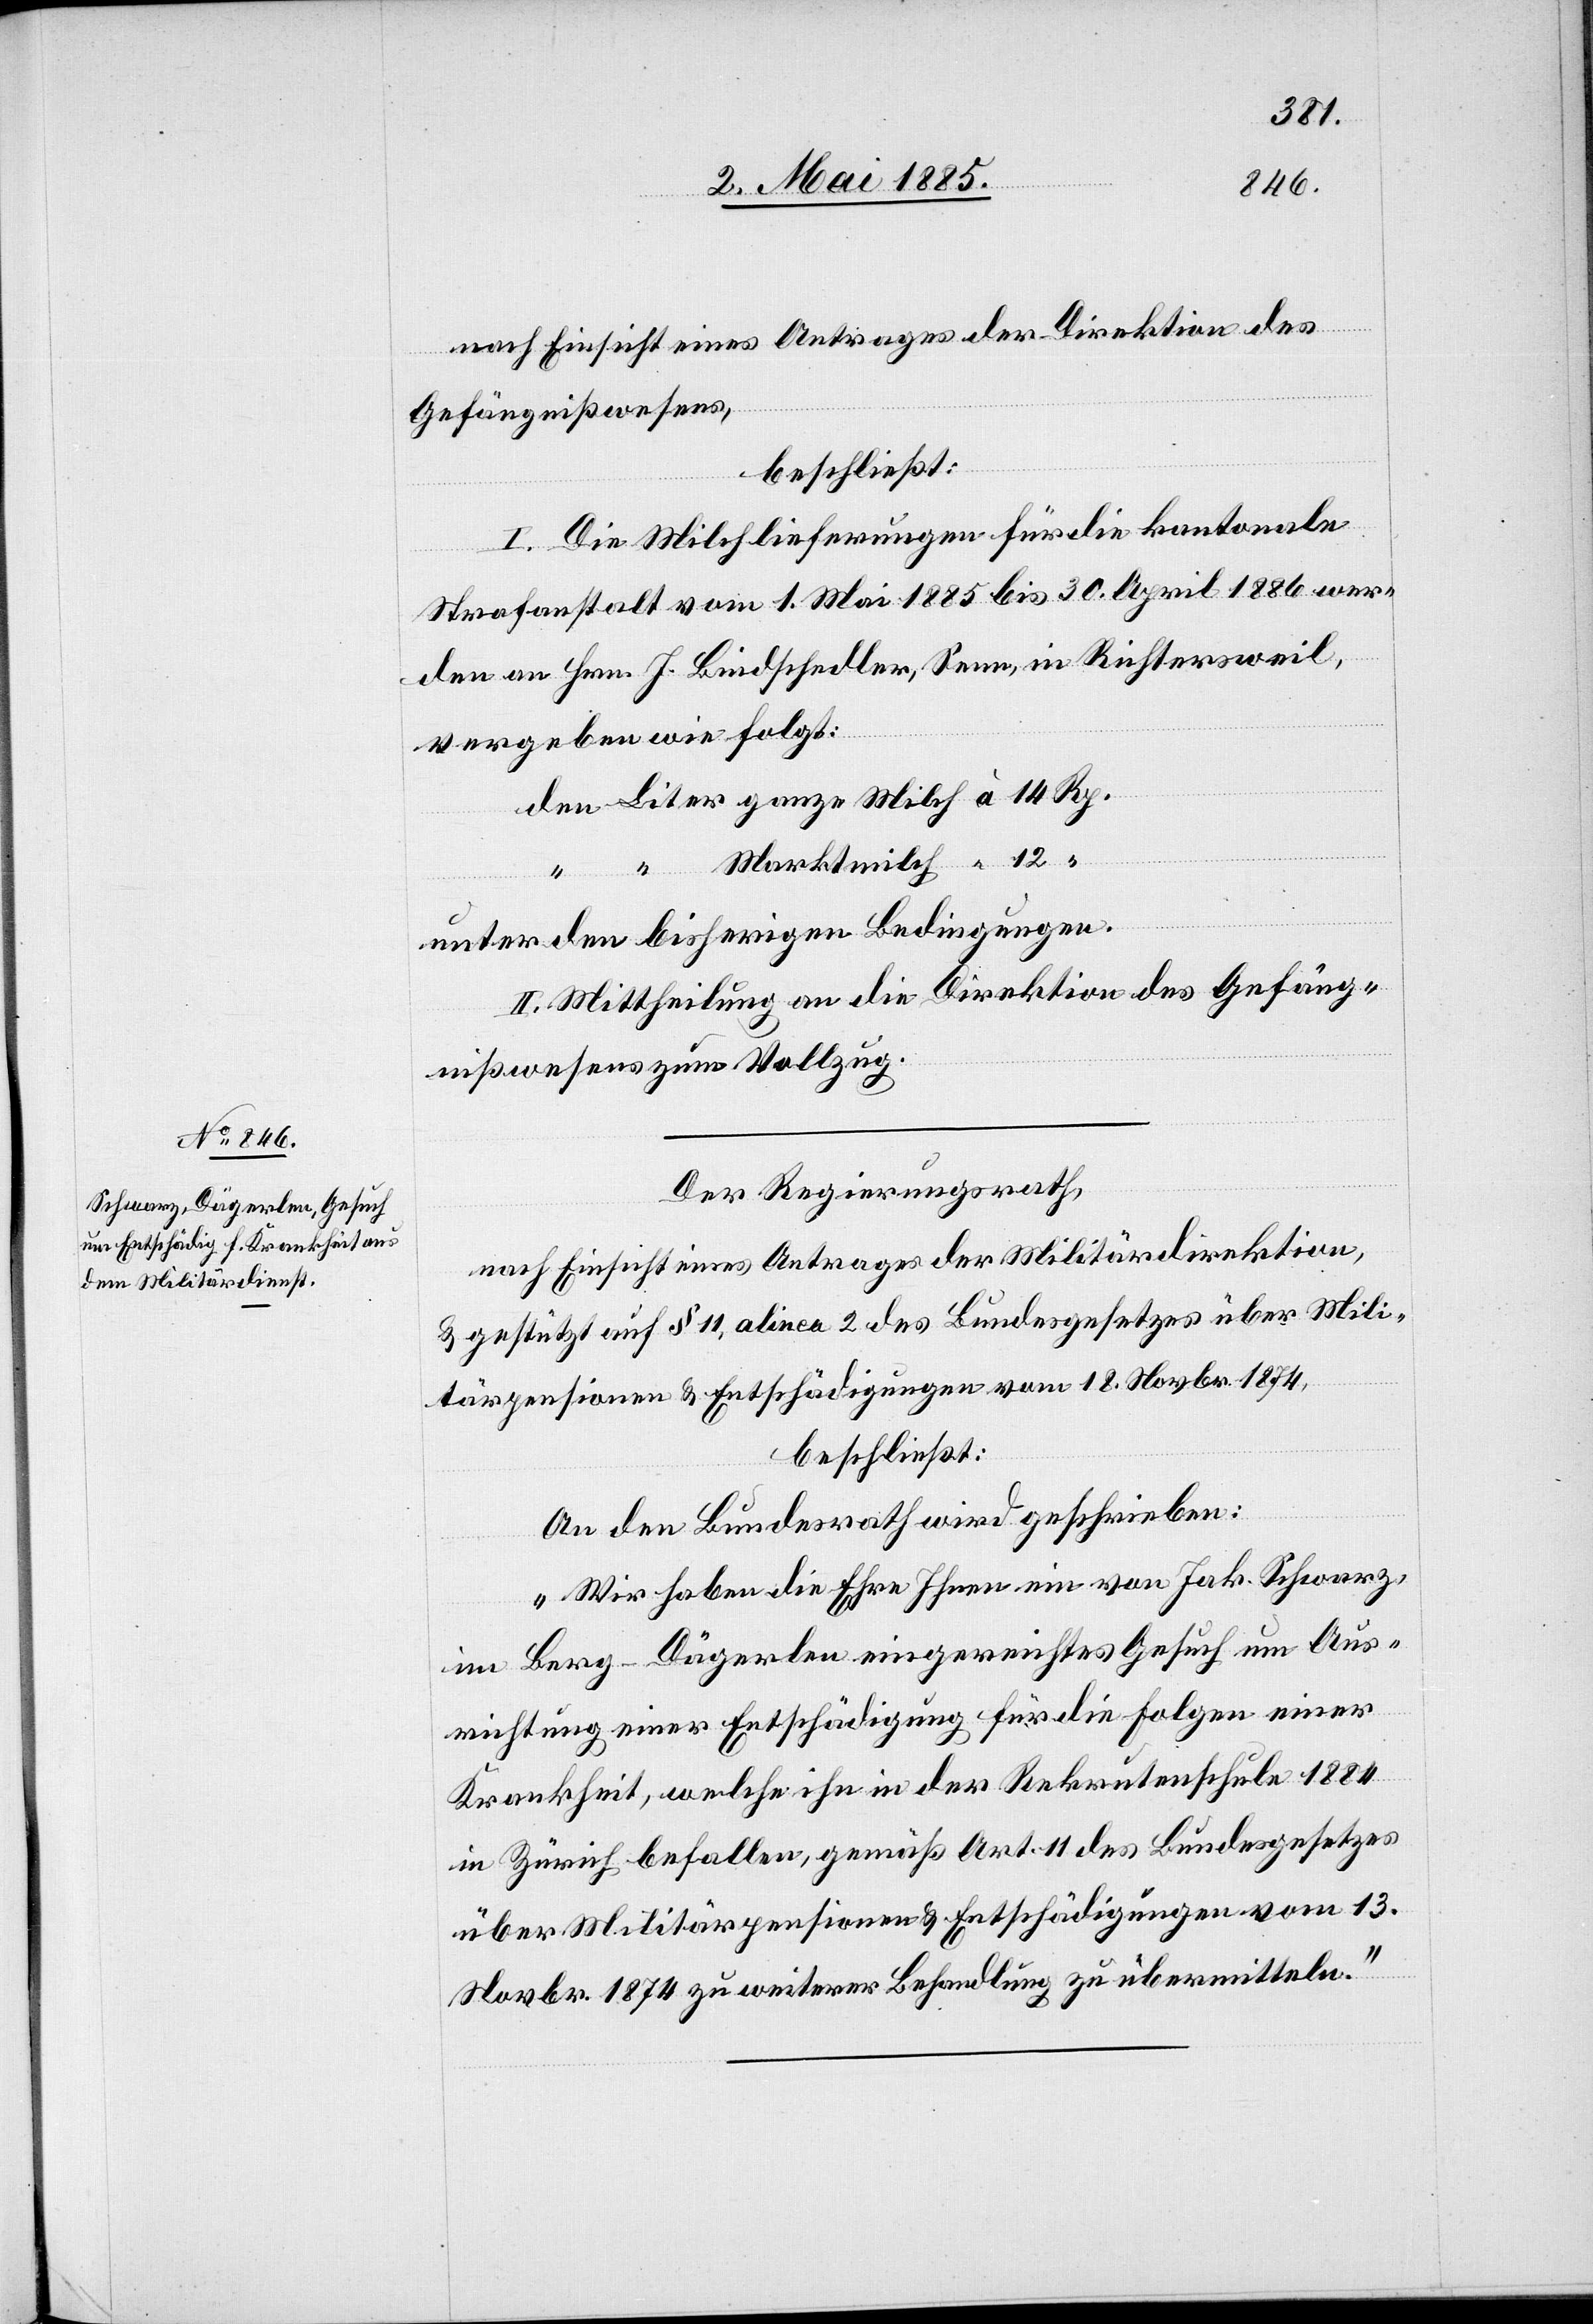
nach Einsicht eines Antrages der Direktion des
Gefängnißwesens,
beschließt:
I. Die Milchlieferungen für die kantonale
Strafanstalt vom 1. Mai 1885 bis 30. April 1886 wer¬
den an Hrn. J. Bindschedler, Seen, in Richtersweil,
Rp.
vergeben wie folgt:
unter den bisherigen Bedingungen.
II. Mittheilung an die Direktion des Gefäng¬
nißwesens zum Vollzug.
Der Regierungsrath,
nach Einsicht eines Antrages der Militärdirektion,
& gestützt auf § 11, alinea 2 des Bundesgesetzes über Mili¬
tärpensionen & Entschädigungen vom 18. Novbr. 1874,
beschließt:
An den Bundesrath wird geschrieben:
„Wir haben die Ehre Ihnen ein von Jak. Schwarz,
in Berg - Dägerlen eingereichtes Gesuch um Aus¬
richtung einer Entschädigung für die Folgen einer
Krankheit, welche ihn in der Rekrutenschule 1884
in Zürich befallen, gemäß Art. 11 des Bundesgesetzes
über Militärpensionen & Entschädigungen vom 13.
Novbr. 1874 zu weiterer Behandlung zu übermitteln.“